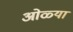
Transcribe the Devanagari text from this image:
ओळ्या